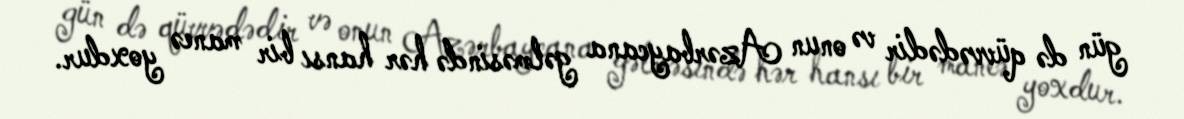
gün də qüvvədədir və onun Azərbaycana gəlməsində hər hansı bir maneə yoxdur.